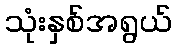
သုံးနှစ်အရွယ်